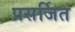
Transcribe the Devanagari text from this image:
प्रसर्जित